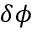
\delta \phi